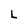
Character: L